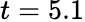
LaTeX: t=5.1